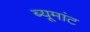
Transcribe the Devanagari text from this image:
ब्यूमांट